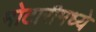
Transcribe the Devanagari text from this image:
मोटारीमध्ये